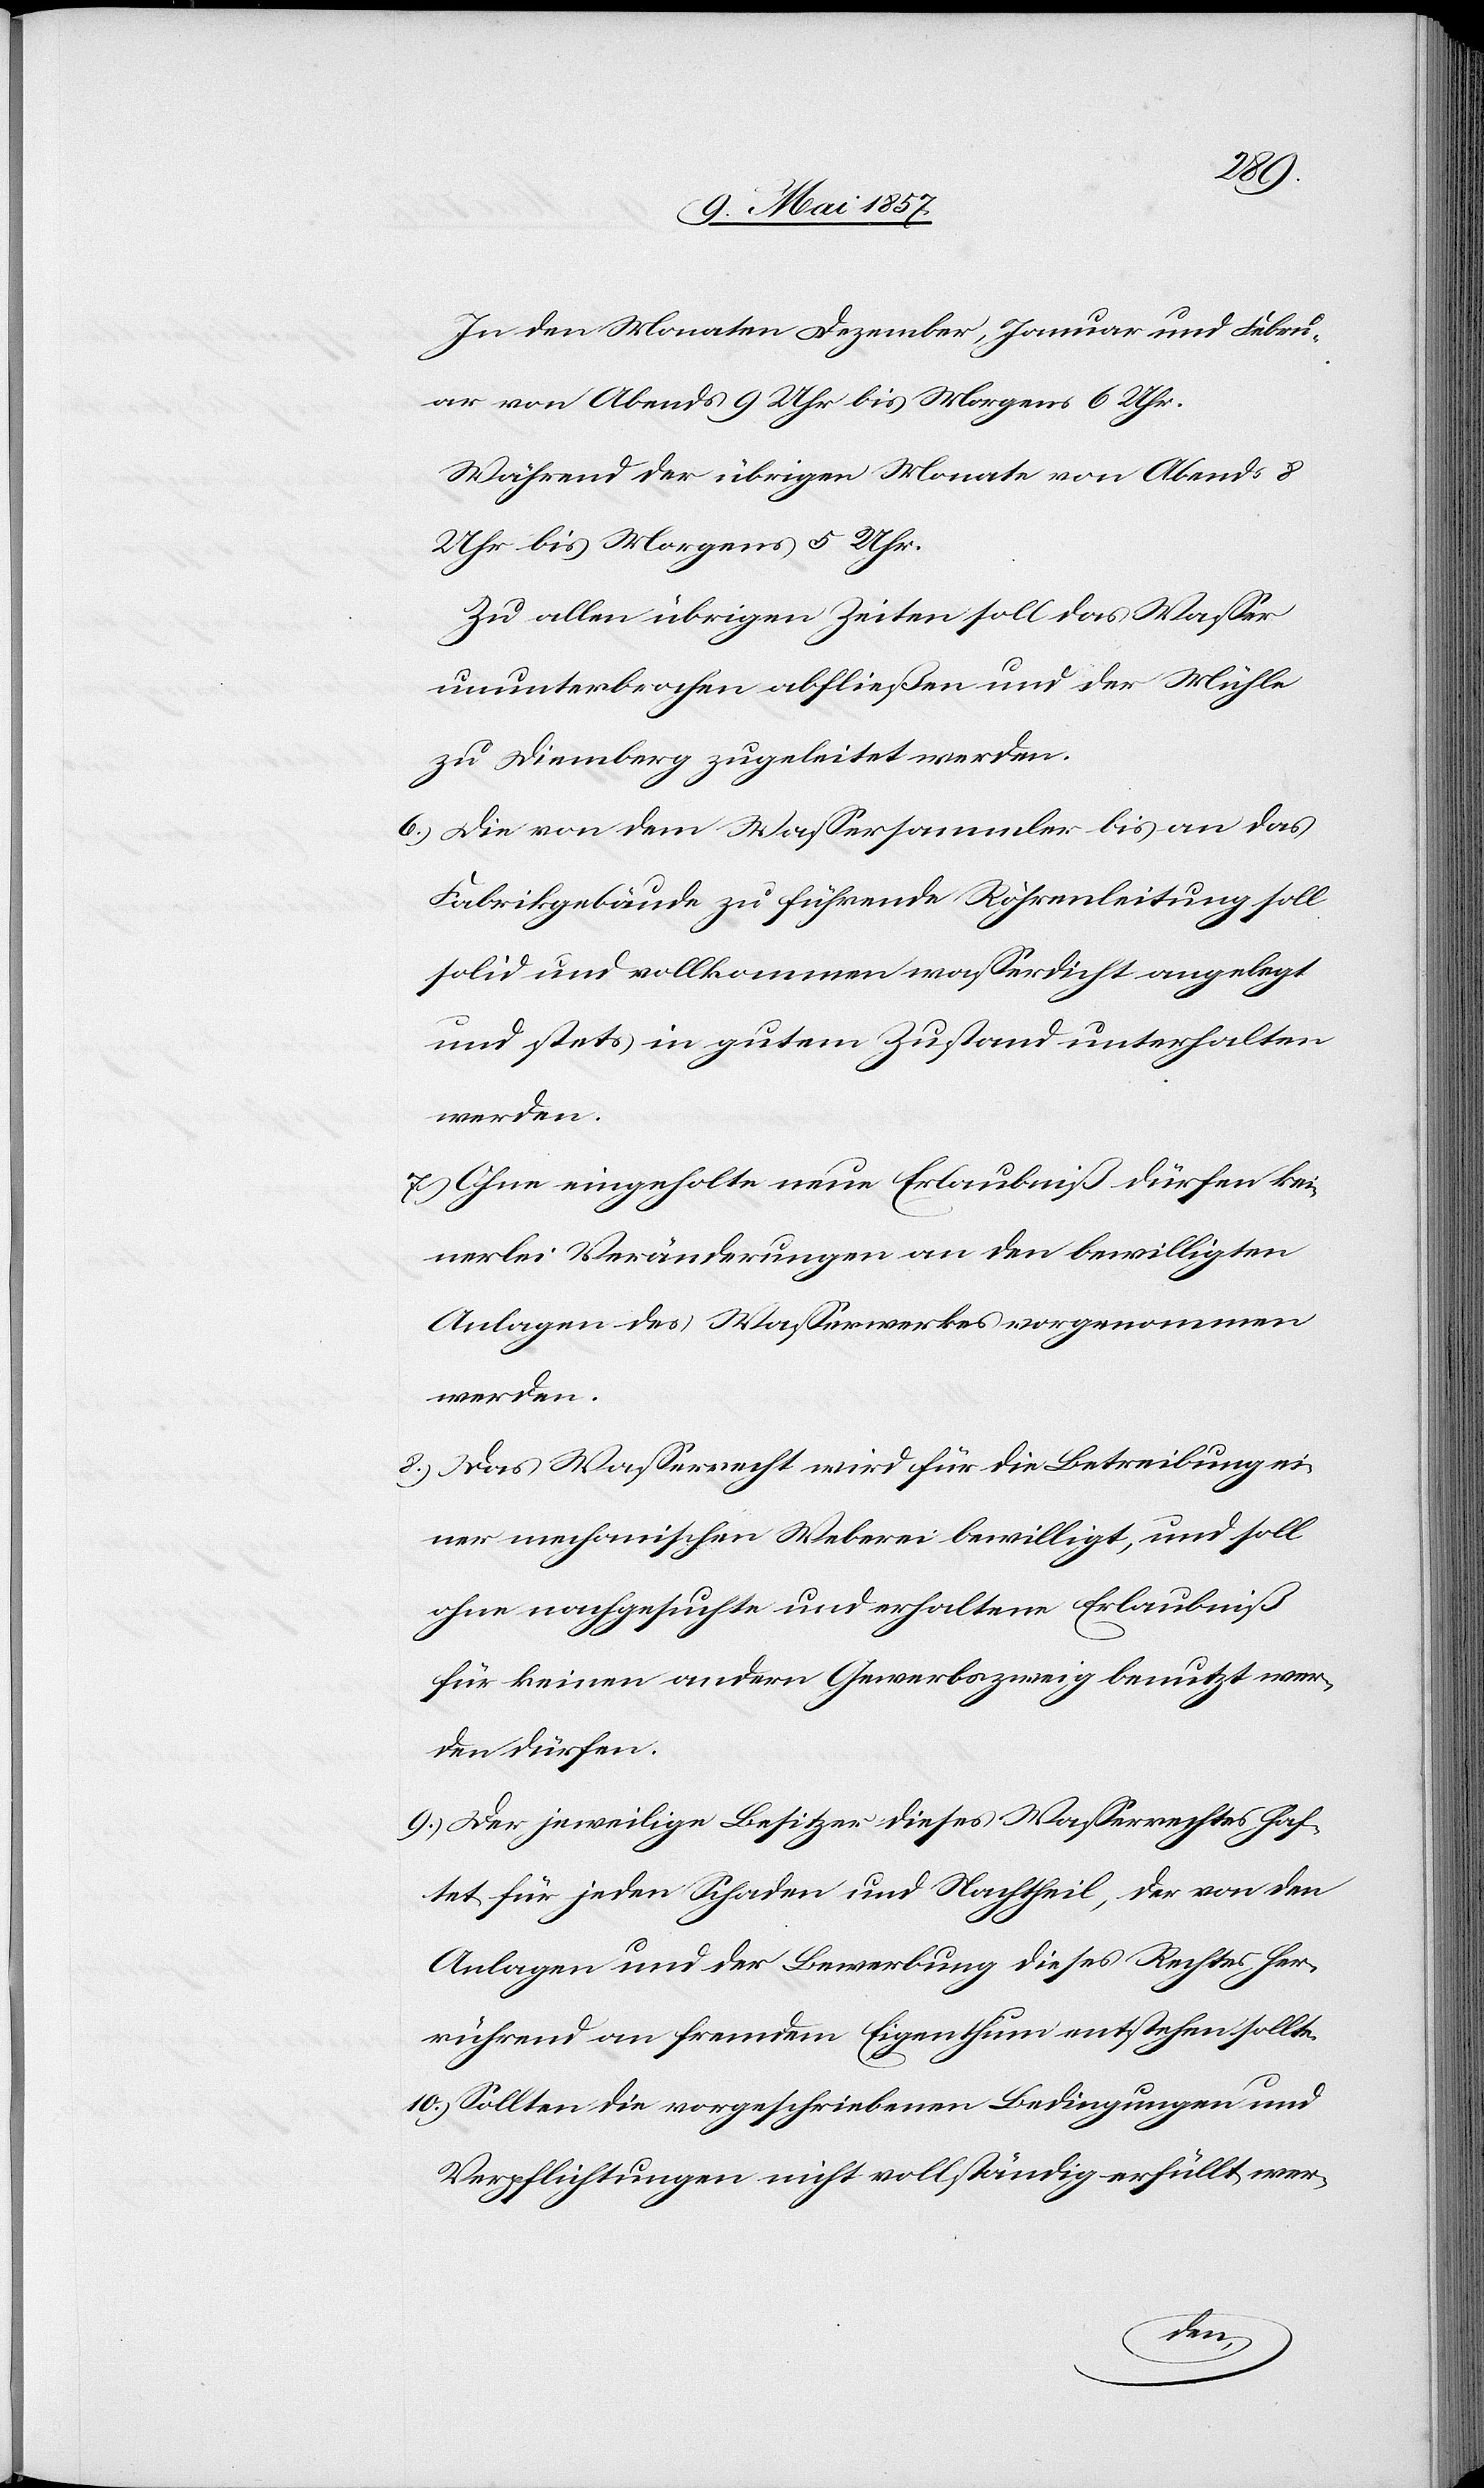
In den Monaten Dezember, Januar und Febru¬
ar von Abends 9 Uhr bis Morgens 6 Uhr.
Während der übrigen Monate von Abends 8
Uhr bis Morgens 5 Uhr.
Zu allen übrigen Zeiten soll das Wasser
ununterbrochen abfließen und der Mühle
zu Diemberg zugeleitet werden.
6.) Die von dem Wassersammler bis an das
Fabrikgebäude führende Röhrenleitung soll
solid und vollkommen wasserdicht angelegt
und stets in gutem Zustand unterhalten
werden.
7.) Ohne eingeholte neue Erlaubniß dürfen kei¬
nerlei Veränderungen an den bewilligten
Anlagen des Wasserwerkes vorgenommen
werden.
8.) Das Wasserrecht wird für die Betreibung ei¬
ner mechanischen Weberei bewilligt, und soll
ohne nachgesuchte und erhaltene Erlaubniß
für keinen andern Gewerbszweig benutzt wer¬
den dürfen.
9.) Der jeweilige Besitzer dieses Wasserrechtes haf¬
tet für jeden Schaden und Nachtheil, der von den
Anlagen und der Bewerbung dieses Rechtes her¬
rührend an fremdem Eigenthum entstehen sollte.
10.) Sollten die vorgeschriebenen Bedingungen und
Verpflichtungen nicht vollständig erfüllt wer-